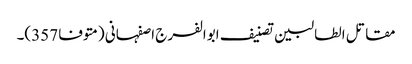
مقاتل الطالبین تصنیف ابوالفرج اصفہانی (متوفا 357)۔